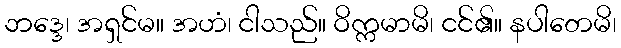
ဘဒ္ဒေ၊ အရှင်မ။ အဟံ၊ ငါသည်။ ဝိက္ကမာမိ၊ ငင်၏။ နပါတေမိ၊